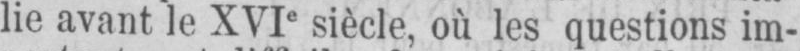
lie avant le XVIe siècle, où les questions im-